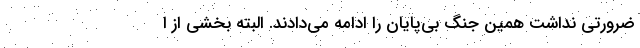
ضرورتي نداشت همين جنگ بي‌پايان را ادامه مي‌دادند. البته بخشي از ا